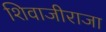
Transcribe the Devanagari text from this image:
शिवाजीराजा